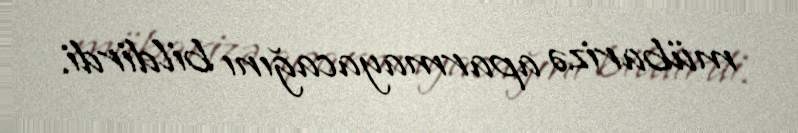
mübarizə aparmayacağını bildirdi.